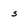
Character: 5